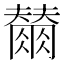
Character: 𭁲